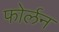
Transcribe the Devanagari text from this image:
फोर्लन